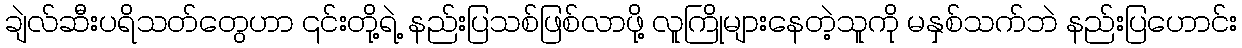
ချဲလ်ဆီးပရိသတ်တွေဟာ ၎င်းတို့ရဲ့ နည်းပြသစ်ဖြစ်လာဖို့ လူကြိုများနေတဲ့သူကို မနှစ်သက်ဘဲ နည်းပြဟောင်း